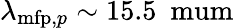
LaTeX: \lambda_{\mathrm{mfp},p}\sim 15.5\ \mathrm{\ mum}